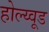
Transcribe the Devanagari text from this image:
होल्य्वूड